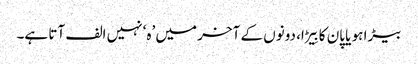
بیڑا ہو یا پان کا بِیڑا، دونوں کے آخر میں ’ہ‘ نہیں الف آتا ہے۔